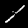
Label: 1